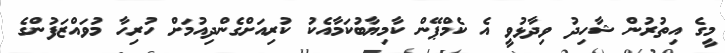
މީގެ އިތުރުން ޝާހިދު ވިދާޅުވީ އެ ކެމްޕޭން ކާމިޔާބުކަމާއެކު ކުރިއަށްގެންދިއުމަށް ހުރިހާ މުވައްޒަފުންގެ